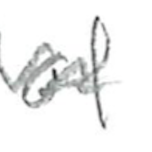
Text: of
Cross-out: mix
Writing tool: pencil